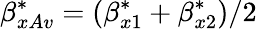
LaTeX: \beta_{xAv}^{*}=(\beta_{x1}^{*}+\beta_{x2}^{*})/2